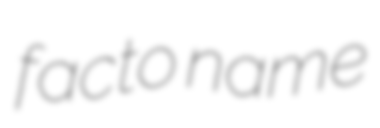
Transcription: facto name